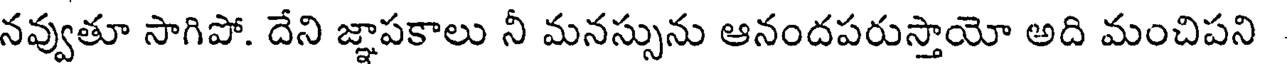
నవ్వుతూ సాగిపో. దేని జ్ఞాపకాలు నీ మనస్సును ఆనందపరుస్తాయో అది మంచిపని